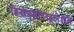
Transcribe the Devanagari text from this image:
डिसेन्सीटाइजेशन